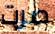
صرت